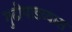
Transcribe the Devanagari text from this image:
गुढीपाडव्यास